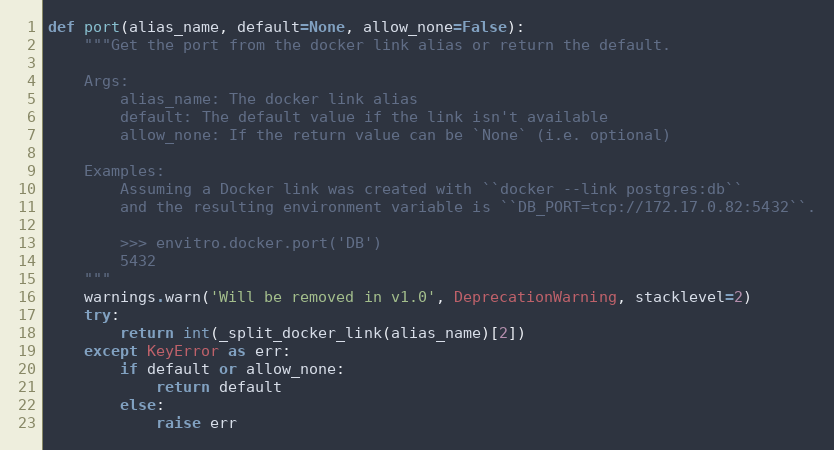
Language: Python
def port(alias_name, default=None, allow_none=False):
    """Get the port from the docker link alias or return the default.

    Args:
        alias_name: The docker link alias
        default: The default value if the link isn't available
        allow_none: If the return value can be `None` (i.e. optional)

    Examples:
        Assuming a Docker link was created with ``docker --link postgres:db``
        and the resulting environment variable is ``DB_PORT=tcp://172.17.0.82:5432``.

        >>> envitro.docker.port('DB')
        5432
    """
    warnings.warn('Will be removed in v1.0', DeprecationWarning, stacklevel=2)
    try:
        return int(_split_docker_link(alias_name)[2])
    except KeyError as err:
        if default or allow_none:
            return default
        else:
            raise err